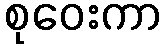
စုဝေးကာ